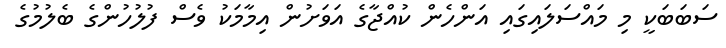
ސަބަބަކީ މި މައްސަލައިގައި އަންހެން ކުއްޖާގެ އަވަށުން އިމާމަކު ވެސް ފުލުހުންގެ ބެލުމުގެ